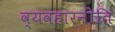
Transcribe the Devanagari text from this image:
व्यवहारनीति